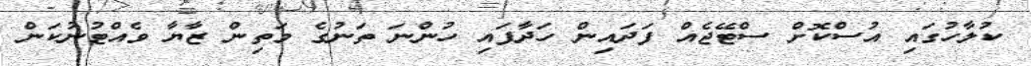
ކުލާހުގައި އުސްކޮށް ސްޓޭޖެއް ފަދައިން ހަދާފައި ހުންނަ ތަނުގެ މަތިން ޒާޔާ ވެއްޓުނުކަން